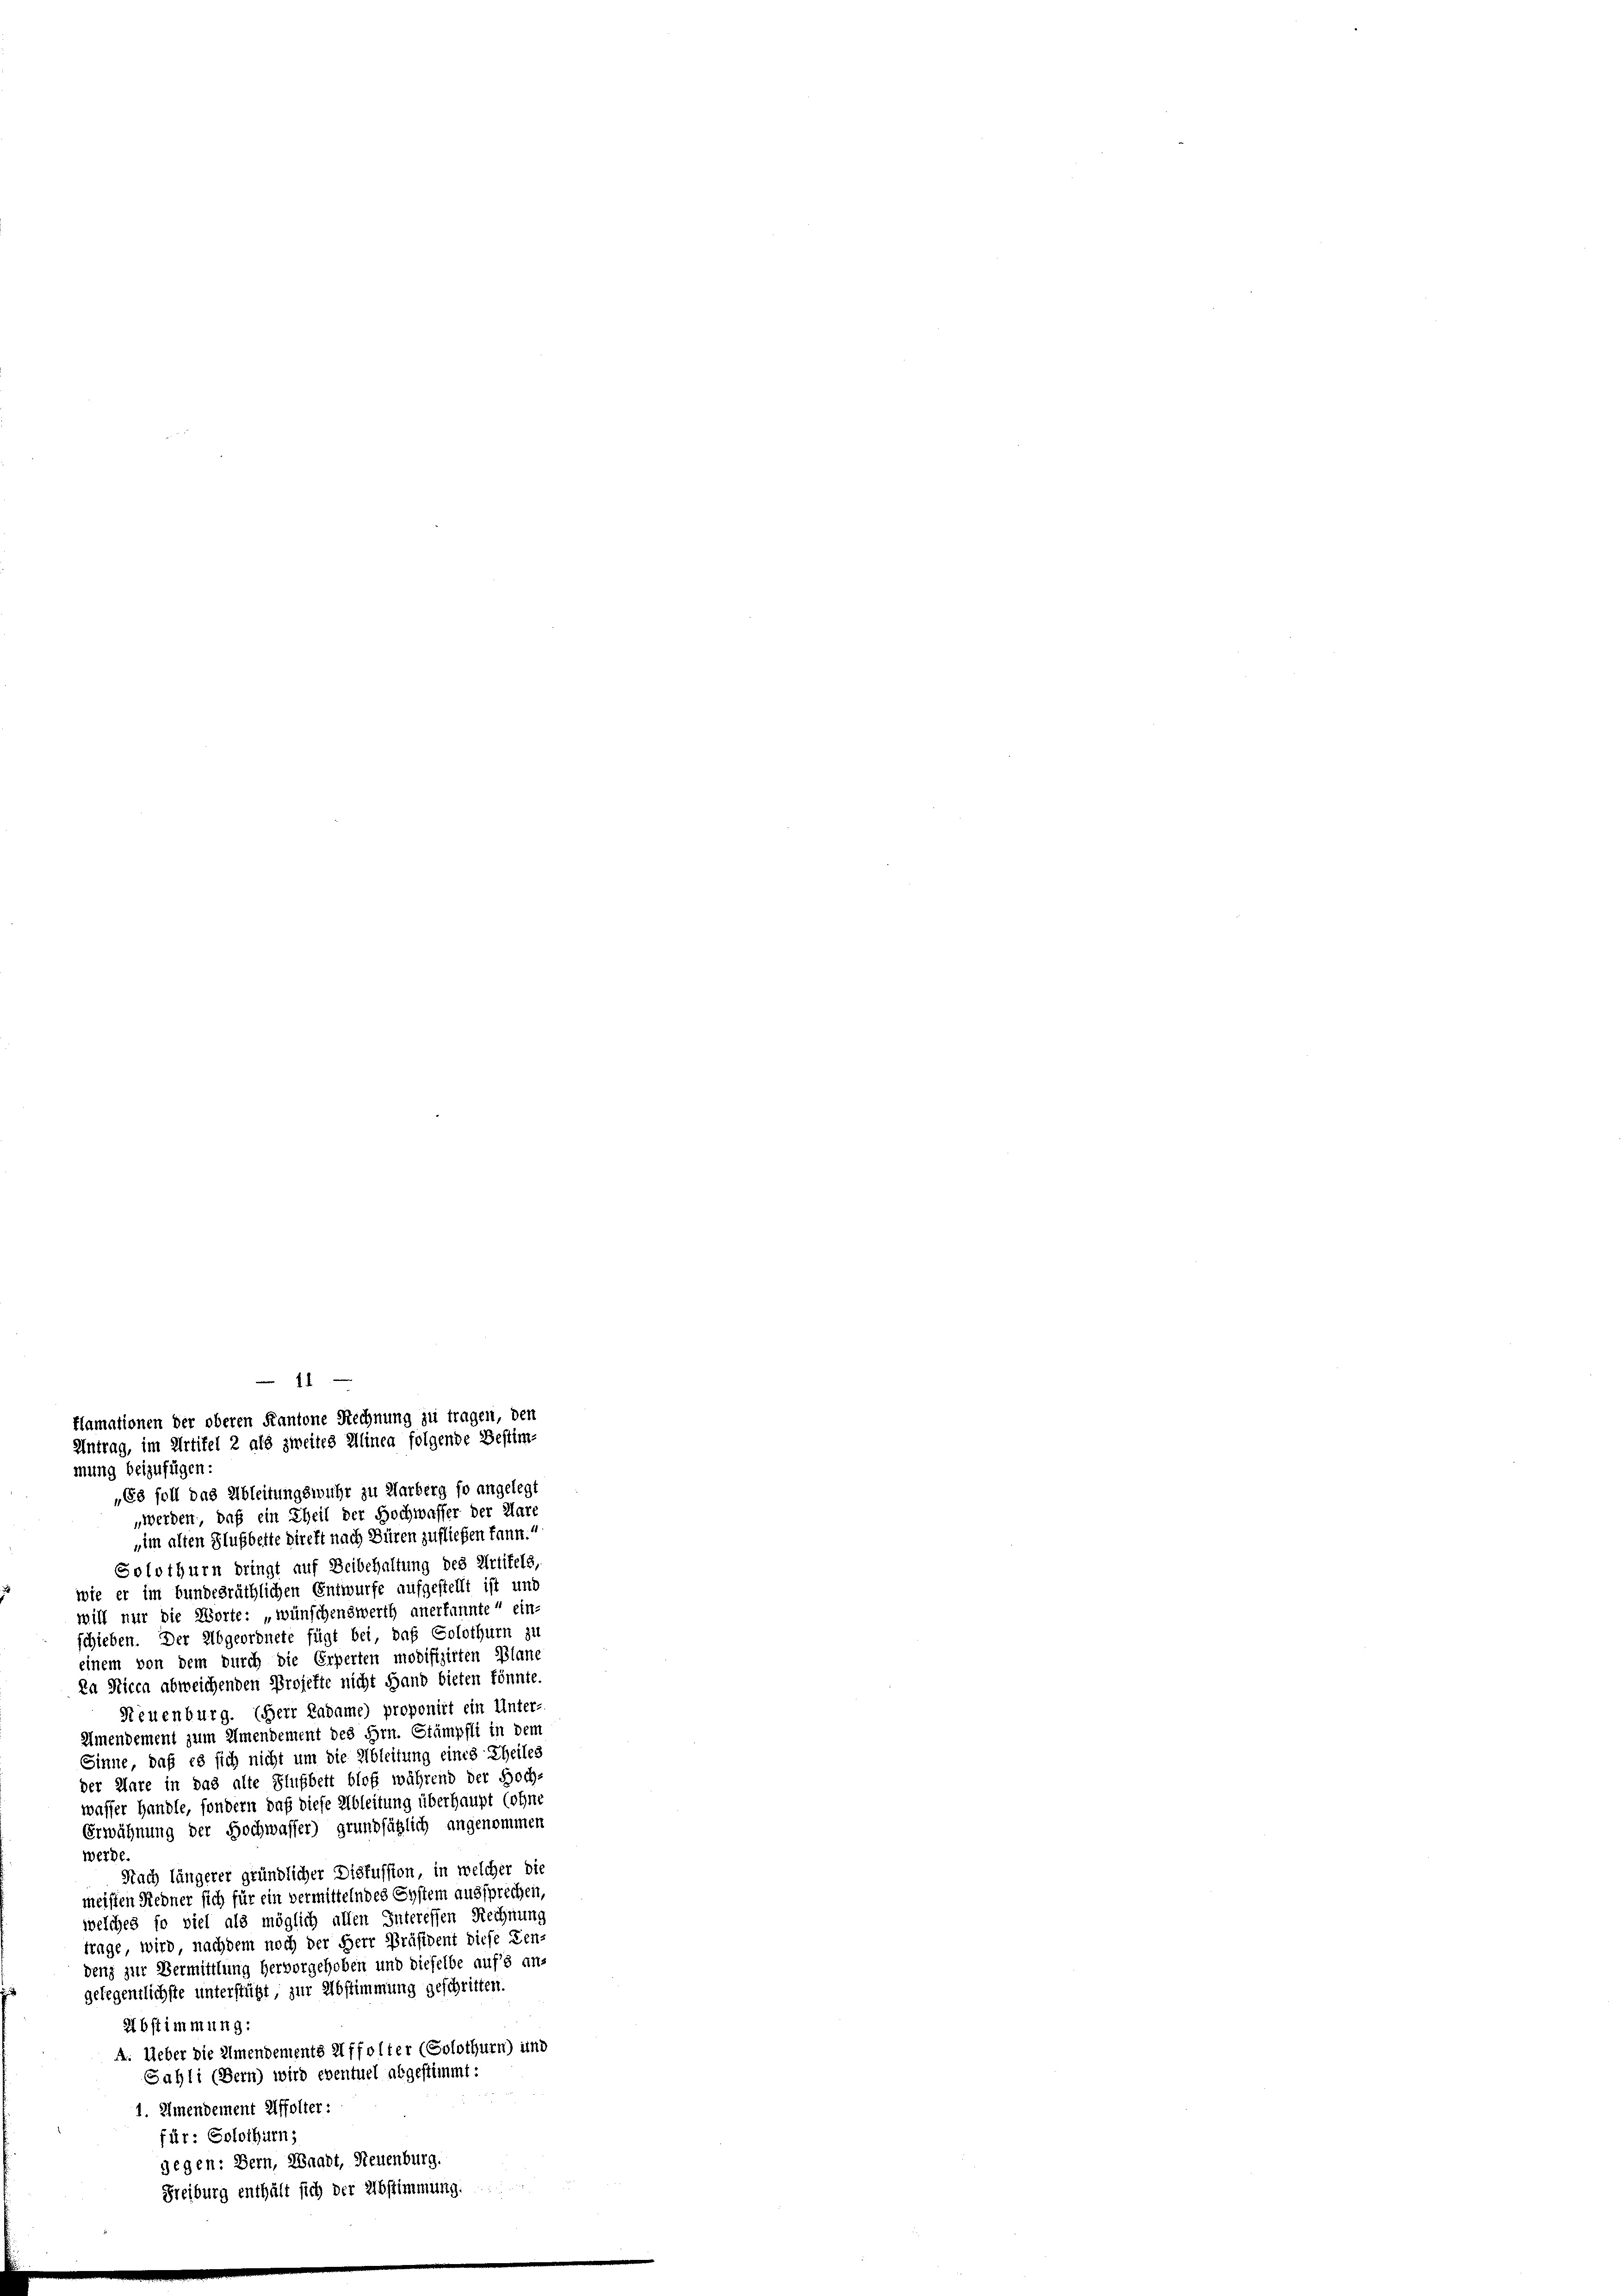
14
flamationen der oberen Kantone Rechnung zu tragen, den
Antrag, im Artikel 2 als zweites Alinea folgende Bestim-
mung beizufügen:
„Es soll das Ableitungswuhr zu Harberg so angelegt

werde.
2bstimmung:
für: Solothurn,
gegen: Bern, Waadt, Neuenburg.
Freiburg enthält sich der Abstimmung.

„werden, daß ein Theil der Hochwasser der Klare
im alten Flußbette direkt nach Büren zufliefen kann.“
Solothurn dringt auf Beibehaltung des Artikels
wie er im bundesräthlichen Entwurfe aufgestellt ist und
will nur die Worte: „wünschenswerth anerkannte einschieben. Der Abgeordnete fügt bei, daß Solothurn zu
einem von dem durch die Erperten modifizirten Plant
Da Nicca abweichenden Projekte nicht Hand bieten könnte
Neuenburg. (Herr Ladame) proponirt ein Unter-
mendement zum Amendement des Hrn. Stämpfli in dem
Sinne, daß es sich nicht um die Ableitung eines Theiles
der Ware in das alte Flußbett bloß während der Hochwasser Handle, sondern daß diese Ableitung überhaupt (ohne
Erwähnung der Hochwasser) grundsätzlich angenommen
Nach längerer gründlicher Diskussion, in welcher die
meisten Redner sich für ein vermittelndes System aussprechen,
welches so viel als möglich allen Interessen Rechnung
trage wird nachdem noch der Herr Präsident diese Den
denz zur Vermittlung hervorgehoben und dieselbe aufs ans
gelegentlichste unterstützt zur Abstimmung geschritten.
A. Ueber die Almendements Affolter (Solothurn) und
Sahli (Bern) wird eventuel abgestimmt:
1. Ilmendement Affolter: